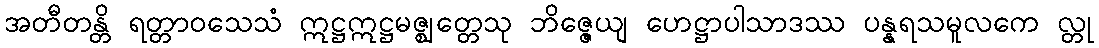
အတီတန္တိ ရတ္တာဝသေသံ ဣဋ္ဌဣဋ္ဌမဇ္ဈတ္တေသု ဘိဇ္ဇေယျ ဟေဋ္ဌာပါသာဒဿ ပန္နရသမူလကေ လ္တု